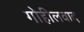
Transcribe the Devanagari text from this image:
गोहीलवाद